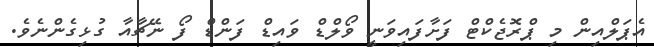
އެޕަލްއިން މި ޕްރޮޖެކްޓް ފަށާފައިވަނީ ވޯލްޑް ވައިޑް ފަންޑް ފޯ ނޭޗާއާ ގުޅިގެންނެވެ.